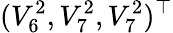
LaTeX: (V_{6}^{2},V_{7}^{2},V_{7}^{2})^{\top}